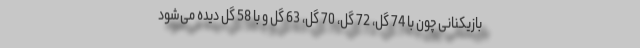
بازیکنانی چون با 74 گل، 72 گل، 70 گل، 63 گل و با 58 گل دیده می‌شود